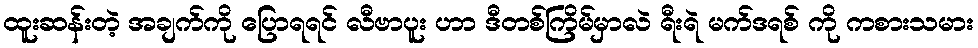
ထူးဆန်းတဲ့ အချက်ကို ပြောရရင် လီဗာပူး ဟာ ဒီတစ်ကြိမ်မှာလဲ ရီးရဲ မက်ဒရစ် ကို ကစားသမား